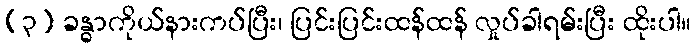
(၃) ခန္ဓာကိုယ်နားကပ်ပြီး၊ ပြင်းပြင်းထန်ထန် လှုပ်ခါရမ်းပြီး ထိုးပါ။